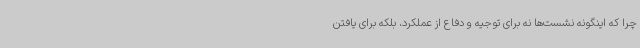
چرا که اینگونه نشست‌ها نه برای توجیه و دفاع از عملکرد، بلکه برای یافتن